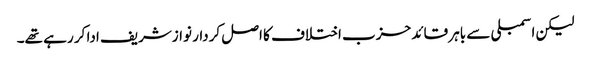
لیکن اسمبلی سے باہر قائد حزب اختلاف کا اصل کردار نوازشریف ادا کر رہے تھے۔